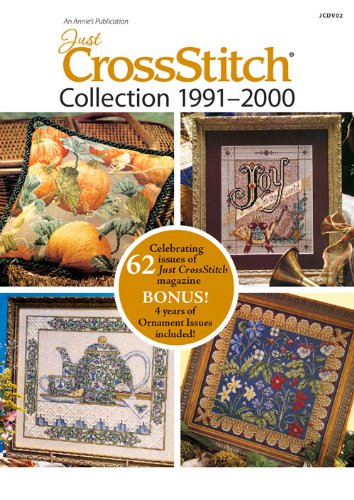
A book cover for The Just CrossStitch Collection 1991EE2000; Annie's; Crafts, Hobbies & Home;